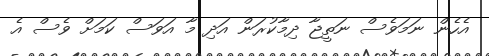
އެހެން ނަމަވެސް ނަތީޖާ ދިމާކުރަން އަދި މާ އަވަސް ކަމަށް ވެސް އެ